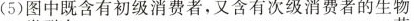
(5)图中既含有初级消费者，又含有次级消费者的生物